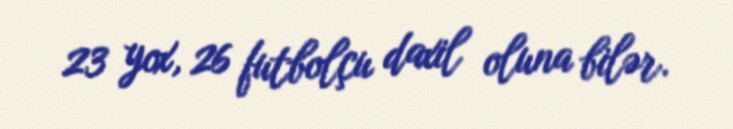
23 yox, 26 futbolçu daxil oluna bilər.